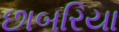
છાબરિયા